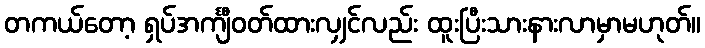
တကယ်တော့ ရှပ်အင်္ကျီဝတ်ထားလျှင်လည်း ထူးပြီးသားနားလာမှာမဟုတ်။